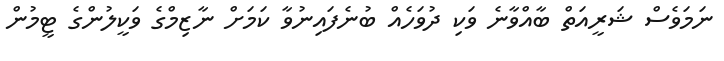
ނަމަވެސް ޝަރީއަތް ބާއްވާނެ ވަކި ދުވަހެއް ބުނެފައިނުވާ ކަމަށް ނާޒިމްގެ ވަކީލުންގެ ޓީމުން